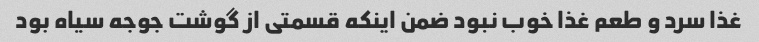
غذا سرد و طعم غذا خوب نبود ضمن اینکه قسمتی از گوشت جوجه سیاه بود